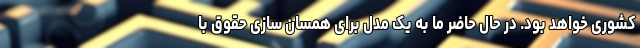
کشوری خواهد بود. در حال حاضر ما به یک مدل برای همسان سازی حقوق با